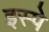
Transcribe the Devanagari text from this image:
इस्पे